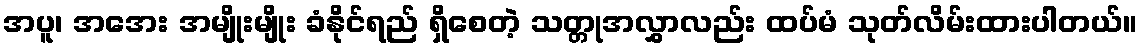
အပူ၊ အအေး အမျိုးမျိုး ခံနိုင်ရည် ရှိစေတဲ့ သတ္တုအလွှာလည်း ထပ်မံ သုတ်လိမ်းထားပါတယ်။